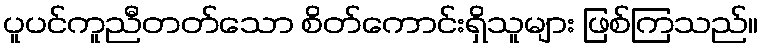
ပူပင်ကူညီတတ်သော စိတ်ကောင်းရှိသူများ ဖြစ်ကြသည်။